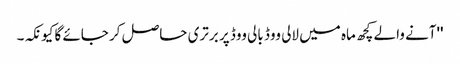
''آنے والے کچھ ماہ میں لالی ووڈ بالی ووڈ پر برتری حاصل کر جائے گا کیونکہ۔